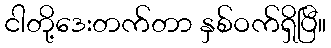
ငါတို့ဒေးတက်တာ နှစ်ဝက်ရှိပြီ။